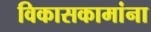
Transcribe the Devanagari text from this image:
विकासकामांना